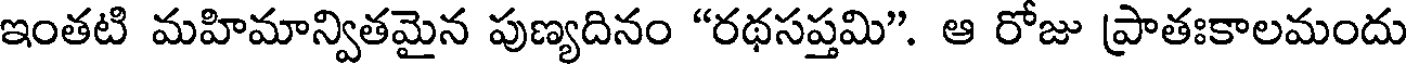
ఇంతటి మహిమాన్వితమైన పుణ్యదినం "రథసప్తమి". ఆ రోజు ప్రాతఃకాలమందు